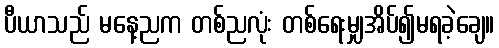
ပီယာသည် မနေ့ညက တစ်ညလုံး တစ်ရေးမျှအိပ်၍မရခဲ့ချေ။